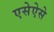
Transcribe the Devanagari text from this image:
एसेऐसे